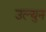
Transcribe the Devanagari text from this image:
उल्युन